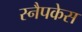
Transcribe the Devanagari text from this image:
स्नैपकेस